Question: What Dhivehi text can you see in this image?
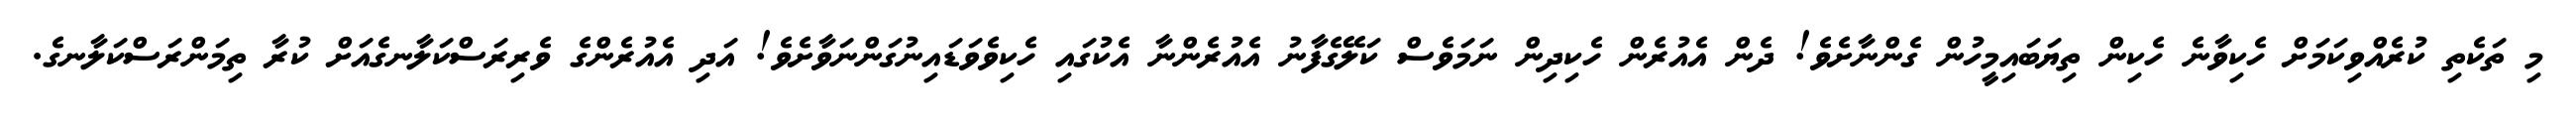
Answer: މި ތަކެތި ކުރެއްވިކަމަށް ހެކިވާނެ ހެކިން ތިޔަބައިމީހުން ގެންނާށެވެ! ދެން އެއުރެން ހެކިދިން ނަމަވެސް ކަލޭގެފާނު އެއުރެންނާ އެކުގައި ހެކިވެވަޑައިނުގަންނަވާށެވެ! އަދި އެއުރެންގެ ވެރިރަސްކަލާނގެއަށް ކުރާ ތިމަންރަސްކަލާނގެ.